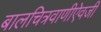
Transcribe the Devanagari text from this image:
बालचित्रवाणीऐवजी